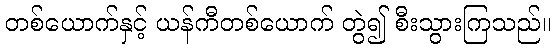
တစ်ယောက်နှင့် ယန်ကီတစ်ယောက် တွဲ၍ စီးသွားကြသည်။